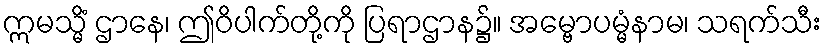
ဣမသ္မိံ ဌာနေ၊ ဤဝိပါက်တို့ကို ပြရာဌာန၌။ အမ္ဗောပမ္မံနာမ၊ သရက်သီး